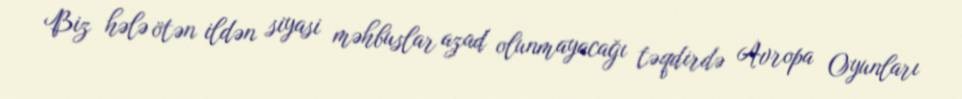
Biz hələ ötən ildən siyasi məhbuslar azad olunmayacağı təqdirdə Avropa Oyunları